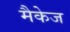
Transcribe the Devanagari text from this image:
मैकेज